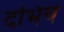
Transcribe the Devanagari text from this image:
दभिंचे